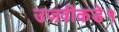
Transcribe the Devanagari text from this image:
उजवीकडे१